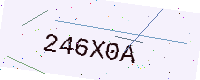
Text: 246X0A